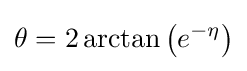
\theta =2\arctan \left(e^{-\eta }\right)